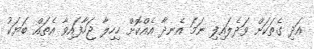
އަދި ގެތަކަށް ވަދެލައިފި ނަމަ އެނދާ އެއްކޮށް ހިހިލާ ޖަހާފައިވާ އެތައް ބަޔަކު